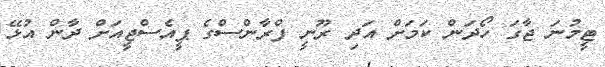
ޓީމުނަ ޖާގަ ހޯދަން ކަމަށް އަދި ރޫނީ ފްރާންސްގެ ޕީއެސްޖީއަށް ދާން އުޅޭ